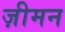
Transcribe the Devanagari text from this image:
ज़ीमन